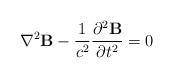
LaTeX: \begin{align*}{\bf \nabla}^2 {\bf B} -{1\over c^2}{\partial^2 {\bf B} \over \partial t^2} =0\end{align*}